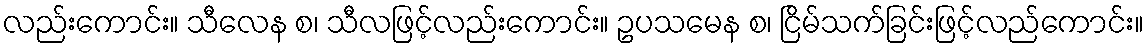
လည်းကောင်း။ သီလေန စ၊ သီလဖြင့်လည်းကောင်း။ ဥပသမေန စ၊ ငြိမ်သက်ခြင်းဖြင့်လည်ကောင်း။